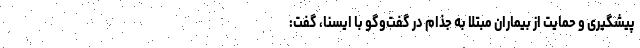
پیشگیری و حمایت از بیماران مبتلا به جذام در گفت‌وگو با ایسنا، گفت: